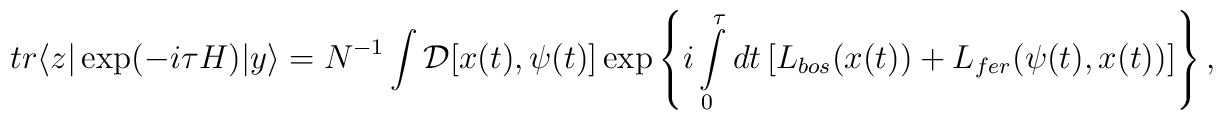
tr \langle z|\exp(-i\tau H) |y\rangle = N^{-1}\int {\cal D} [x(t), \psi(t)] \exp\left\{ i\int \limits^{\tau}_{0} dt \left[ L_{bos}(x(t)) + L_{fer}(\psi(t),x(t)) \right] \right\},